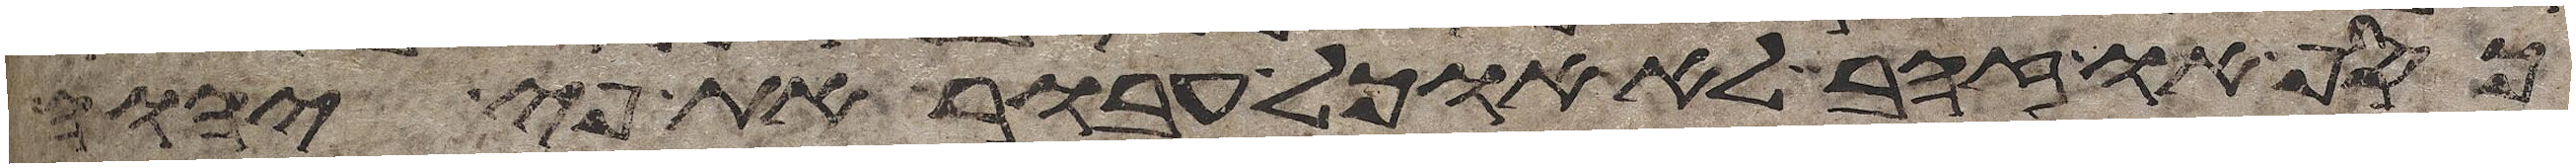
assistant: כסף או זהב לא אוכל אעבר את פי יהוה